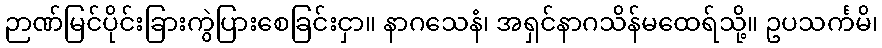
ဉာဏ်မြင်ပိုင်းခြားကွဲပြားစေခြင်းငှာ။ နာဂသေနံ၊ အရှင်နာဂသိန်မထေရ်သို့။ ဥပသင်္ကမိ၊